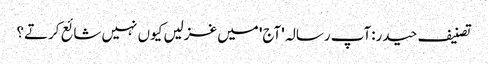
تصنیف حیدر:آپ رسالہ 'آج' میں غزلیں کیوں نہیں شائع کرتے؟